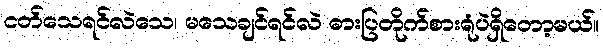
ငတ်သေရင်လဲသေ၊ မသေချင်ရင်လဲ ဓားပြတိုက်စားရုံပဲရှိတော့မယ်။